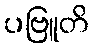
ပဗြူတိ